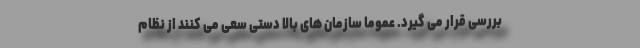
بررسی قرار می گیرد. عموما سازمان های بالا دستی سعی می کنند از نظام